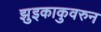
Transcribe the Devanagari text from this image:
झुइकाकुवरुन